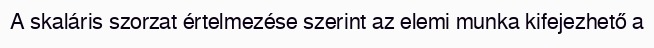
A skaláris szorzat értelmezése szerint az elemi munka kifejezhető a